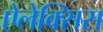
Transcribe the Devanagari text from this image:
ऐलेक्‍सिस